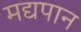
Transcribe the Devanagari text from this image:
मद्यपान